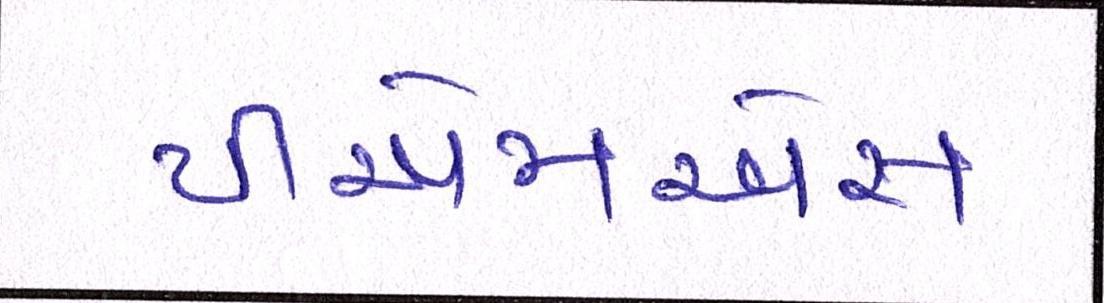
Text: પીએમએસ